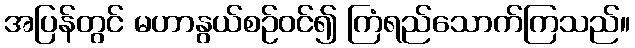
အပြန်တွင် မဟာနွယ်စဉ်ဝင်၍ ကြံရည်သောက်ကြသည်။